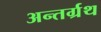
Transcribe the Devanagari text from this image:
अन्तर्ग्रथ